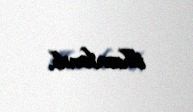
ilhamlanıb.